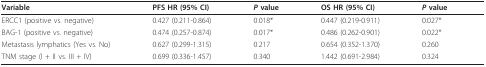
<table><thead><tr><td><b>Variable</b></td><td><b>PFS HR (95% CI)</b></td><td><b><i>P </i>value</b></td><td><b>OS HR (95% CI)</b></td><td><b><i>P </i>value</b></td></tr></thead><tbody><tr><td>ERCC1 (positive vs. negative)</td><td>0.427 (0.211-0.864)</td><td>0.018*</td><td>0.447 (0.219-0.911)</td><td>0.027*</td></tr><tr><td>BAG-1 (positive vs. negative)</td><td>0.474 (0.257-0.874)</td><td>0.017*</td><td>0.486 (0.262-0.901)</td><td>0.022*</td></tr><tr><td>Metastasis lymphatics (Yes vs. No)</td><td>0.627 (0.299-1.315)</td><td>0.217</td><td>0.654 (0.352-1.370)</td><td>0.260</td></tr><tr><td>TNM stage (I + II vs. III + IV)</td><td>0.699 (0.336-1.457)</td><td>0.340</td><td>1.442 (0.691-2.984)</td><td>0.324</td></tr></tbody></table>